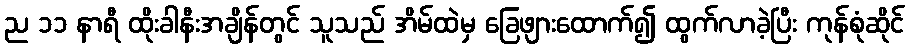
ည ၁၁ နာရီ ထိုးခါနီးအချိန်တွင် သူသည် အိမ်ထဲမှ ခြေဖျားထောက်၍ ထွက်လာခဲ့ပြီး ကုန်စုံဆိုင်